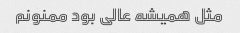
مثل همیشه عالی بود ممنونم